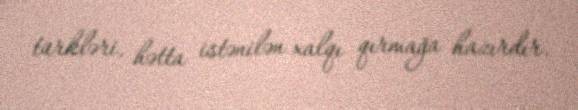
türkləri, hətta istənilən xalqı qırmağa hazırdır.